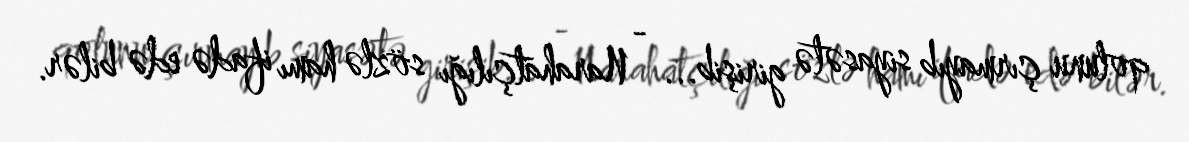
qolunu çırmayıb siyasətə girişib... - Narahatçılığı sözlə hamı ifadə edə bilər.